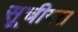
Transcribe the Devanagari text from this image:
सूचीगत